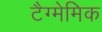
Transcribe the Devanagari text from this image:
टैग्मेमिक